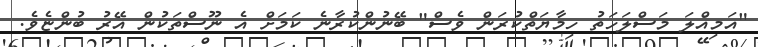
"އަމިއްލަ މަސްލަހަތު ހިމާޔަތްކުރަން ވެސް" ބޭނުންކުރާނެ ކަމަށް އެ ނޫސްތަކުން އޭރު ބުންޏެވެ.